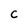
Character: C